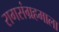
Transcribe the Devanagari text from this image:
रागसंग्रहमाला